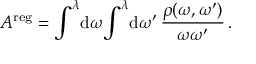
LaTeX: A ^ { \mathrm { r e g } } = \int ^ { \lambda } \! \mathrm { d } \omega \! \int ^ { \lambda } \! \mathrm { d } \omega ^ { \prime } \, \frac { \rho ( \omega , \omega ^ { \prime } ) } { \omega \omega ^ { \prime } } \, .